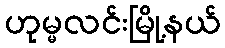
ဟုမ္မလင်းမြို့နယ်